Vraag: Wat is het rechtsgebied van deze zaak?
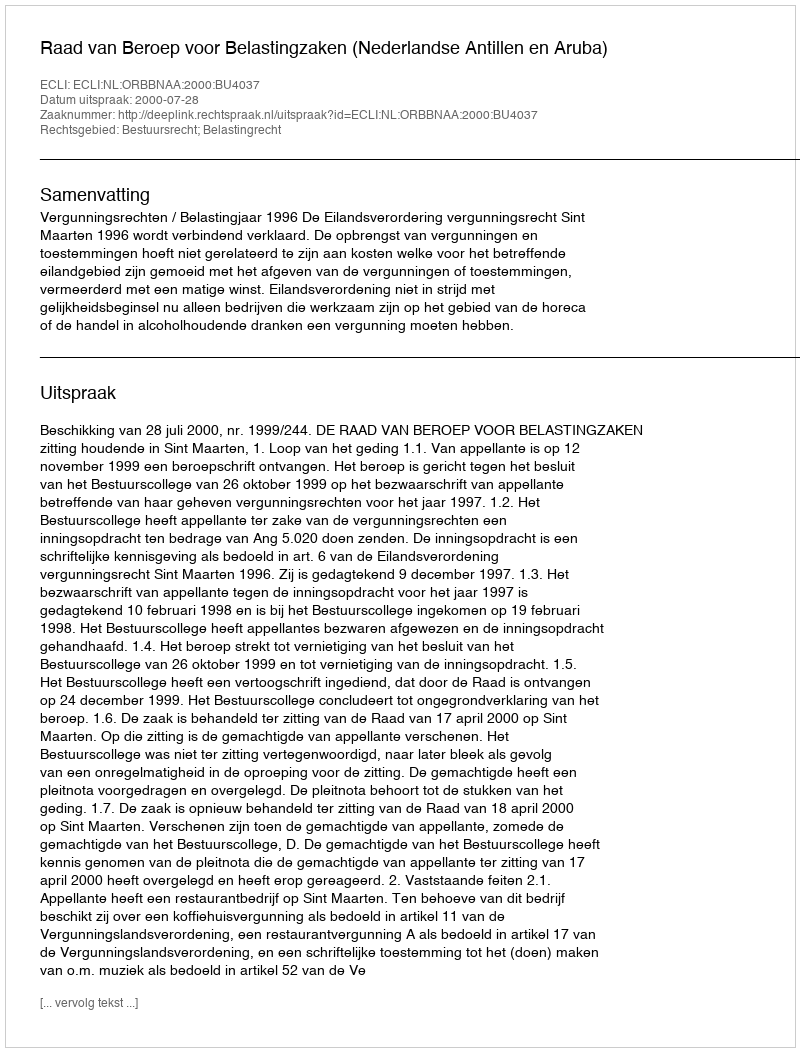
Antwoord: Bestuursrecht; Belastingrecht